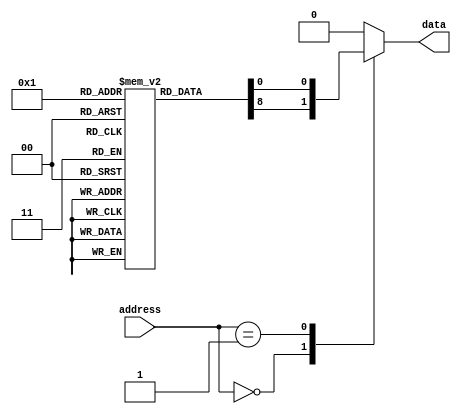
module Fuse_ROM(
    input wire [7:0] address,
    output reg data
);

reg [7:0] memory[0:255]; // 256 locations with 8-bit data each

always @ (address)
begin
    case (address)
        8'h00: data <= memory[0];
        8'h01: data <= memory[1];
        // add more cases for each memory location as needed
        default: data <= 8'h00; // default case to output 0 if address is invalid
    endcase
end

// Initial data for memory locations
initial begin
    memory[0] = 8'b10101010;
    memory[1] = 8'b11001100;
    // initialize more memory locations as needed
end

endmodule